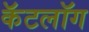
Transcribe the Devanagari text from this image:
कॅटलॉग